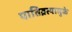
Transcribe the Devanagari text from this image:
पातिव्रत्यामुळे